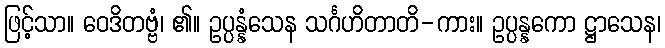
ဖြင့်သာ။ ဝေဒိတဗ္ဗံ၊ ၏။ ဥပ္ပန္နံသေန သင်္ဂဟိတာတိ-ကား။ ဥပ္ပန္နကော ဋ္ဌာသေန၊